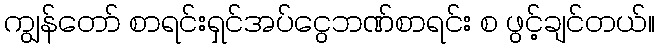
ကျွန်တော် စာရင်းရှင်အပ်ငွေဘဏ်စာရင်း စ ဖွင့်ချင်တယ်။